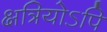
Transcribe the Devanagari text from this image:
क्षत्रियोऽपि